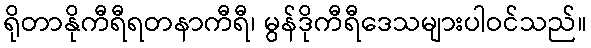
ရိုတာနိုကီရီရတနာကီရီ၊ မွန်ဒိုကီရီဒေသများပါဝင်သည်။